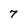
Character: 7